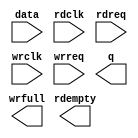
// megafunction wizard: %FIFO%VBB%
// GENERATION: STANDARD
// VERSION: WM1.0
// MODULE: dcfifo 

// ============================================================
// Megafunction Name(s):
// 			dcfifo
//
// Simulation Library Files(s):
// 			altera_mf
// ============================================================
// ************************************************************
// THIS IS A WIZARD-GENERATED FILE. DO NOT EDIT THIS FILE!
//
// 18.1.0 Build 625 09/12/2018 SJ Lite Edition
// ************************************************************

//Copyright (C) 2018  Intel Corporation. All rights reserved.
//Your use of Intel Corporation's design tools, logic functions 
//and other software and tools, and its AMPP partner logic 
//functions, and any output files from any of the foregoing 
//(including device programming or simulation files), and any 
//associated documentation or information are expressly subject 
//to the terms and conditions of the Intel Program License 
//Subscription Agreement, the Intel Quartus Prime License Agreement,
//the Intel FPGA IP License Agreement, or other applicable license
//agreement, including, without limitation, that your use is for
//the sole purpose of programming logic devices manufactured by
//Intel and sold by Intel or its authorized distributors.  Please
//refer to the applicable agreement for further details.

module fifo (
	data,
	rdclk,
	rdreq,
	wrclk,
	wrreq,
	q,
	rdempty,
	wrfull);

	input	[7:0]  data;
	input	  rdclk;
	input	  rdreq;
	input	  wrclk;
	input	  wrreq;
	output	[7:0]  q;
	output	  rdempty;
	output	  wrfull;

endmodule

// ============================================================
// CNX file retrieval info
// ============================================================
// Retrieval info: PRIVATE: AlmostEmpty NUMERIC "0"
// Retrieval info: PRIVATE: AlmostEmptyThr NUMERIC "-1"
// Retrieval info: PRIVATE: AlmostFull NUMERIC "0"
// Retrieval info: PRIVATE: AlmostFullThr NUMERIC "-1"
// Retrieval info: PRIVATE: CLOCKS_ARE_SYNCHRONIZED NUMERIC "0"
// Retrieval info: PRIVATE: Clock NUMERIC "4"
// Retrieval info: PRIVATE: Depth NUMERIC "256"
// Retrieval info: PRIVATE: Empty NUMERIC "1"
// Retrieval info: PRIVATE: Full NUMERIC "1"
// Retrieval info: PRIVATE: INTENDED_DEVICE_FAMILY STRING "MAX 10"
// Retrieval info: PRIVATE: LE_BasedFIFO NUMERIC "0"
// Retrieval info: PRIVATE: LegacyRREQ NUMERIC "1"
// Retrieval info: PRIVATE: MAX_DEPTH_BY_9 NUMERIC "0"
// Retrieval info: PRIVATE: OVERFLOW_CHECKING NUMERIC "0"
// Retrieval info: PRIVATE: Optimize NUMERIC "2"
// Retrieval info: PRIVATE: RAM_BLOCK_TYPE NUMERIC "0"
// Retrieval info: PRIVATE: SYNTH_WRAPPER_GEN_POSTFIX STRING "0"
// Retrieval info: PRIVATE: UNDERFLOW_CHECKING NUMERIC "0"
// Retrieval info: PRIVATE: UsedW NUMERIC "1"
// Retrieval info: PRIVATE: Width NUMERIC "8"
// Retrieval info: PRIVATE: dc_aclr NUMERIC "0"
// Retrieval info: PRIVATE: diff_widths NUMERIC "0"
// Retrieval info: PRIVATE: msb_usedw NUMERIC "0"
// Retrieval info: PRIVATE: output_width NUMERIC "8"
// Retrieval info: PRIVATE: rsEmpty NUMERIC "1"
// Retrieval info: PRIVATE: rsFull NUMERIC "0"
// Retrieval info: PRIVATE: rsUsedW NUMERIC "0"
// Retrieval info: PRIVATE: sc_aclr NUMERIC "0"
// Retrieval info: PRIVATE: sc_sclr NUMERIC "0"
// Retrieval info: PRIVATE: wsEmpty NUMERIC "0"
// Retrieval info: PRIVATE: wsFull NUMERIC "1"
// Retrieval info: PRIVATE: wsUsedW NUMERIC "0"
// Retrieval info: LIBRARY: altera_mf altera_mf.altera_mf_components.all
// Retrieval info: CONSTANT: INTENDED_DEVICE_FAMILY STRING "MAX 10"
// Retrieval info: CONSTANT: LPM_NUMWORDS NUMERIC "256"
// Retrieval info: CONSTANT: LPM_SHOWAHEAD STRING "OFF"
// Retrieval info: CONSTANT: LPM_TYPE STRING "dcfifo"
// Retrieval info: CONSTANT: LPM_WIDTH NUMERIC "8"
// Retrieval info: CONSTANT: LPM_WIDTHU NUMERIC "8"
// Retrieval info: CONSTANT: OVERFLOW_CHECKING STRING "ON"
// Retrieval info: CONSTANT: RDSYNC_DELAYPIPE NUMERIC "4"
// Retrieval info: CONSTANT: UNDERFLOW_CHECKING STRING "ON"
// Retrieval info: CONSTANT: USE_EAB STRING "ON"
// Retrieval info: CONSTANT: WRSYNC_DELAYPIPE NUMERIC "4"
// Retrieval info: USED_PORT: data 0 0 8 0 INPUT NODEFVAL "data[7..0]"
// Retrieval info: USED_PORT: q 0 0 8 0 OUTPUT NODEFVAL "q[7..0]"
// Retrieval info: USED_PORT: rdclk 0 0 0 0 INPUT NODEFVAL "rdclk"
// Retrieval info: USED_PORT: rdempty 0 0 0 0 OUTPUT NODEFVAL "rdempty"
// Retrieval info: USED_PORT: rdreq 0 0 0 0 INPUT NODEFVAL "rdreq"
// Retrieval info: USED_PORT: wrclk 0 0 0 0 INPUT NODEFVAL "wrclk"
// Retrieval info: USED_PORT: wrfull 0 0 0 0 OUTPUT NODEFVAL "wrfull"
// Retrieval info: USED_PORT: wrreq 0 0 0 0 INPUT NODEFVAL "wrreq"
// Retrieval info: CONNECT: @data 0 0 8 0 data 0 0 8 0
// Retrieval info: CONNECT: @rdclk 0 0 0 0 rdclk 0 0 0 0
// Retrieval info: CONNECT: @rdreq 0 0 0 0 rdreq 0 0 0 0
// Retrieval info: CONNECT: @wrclk 0 0 0 0 wrclk 0 0 0 0
// Retrieval info: CONNECT: @wrreq 0 0 0 0 wrreq 0 0 0 0
// Retrieval info: CONNECT: q 0 0 8 0 @q 0 0 8 0
// Retrieval info: CONNECT: rdempty 0 0 0 0 @rdempty 0 0 0 0
// Retrieval info: CONNECT: wrfull 0 0 0 0 @wrfull 0 0 0 0
// Retrieval info: GEN_FILE: TYPE_NORMAL fifo.v TRUE
// Retrieval info: GEN_FILE: TYPE_NORMAL fifo.inc FALSE
// Retrieval info: GEN_FILE: TYPE_NORMAL fifo.cmp FALSE
// Retrieval info: GEN_FILE: TYPE_NORMAL fifo.bsf FALSE
// Retrieval info: GEN_FILE: TYPE_NORMAL fifo_inst.v FALSE
// Retrieval info: GEN_FILE: TYPE_NORMAL fifo_bb.v TRUE
// Retrieval info: LIB_FILE: altera_mf